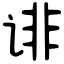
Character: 诽